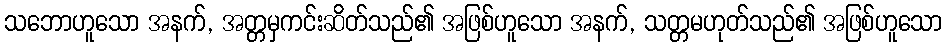
သဘောဟူသော အနက်, အတ္တမှကင်းဆိတ်သည်၏ အဖြစ်ဟူသော အနက်, သတ္တမဟုတ်သည်၏ အဖြစ်ဟူသော